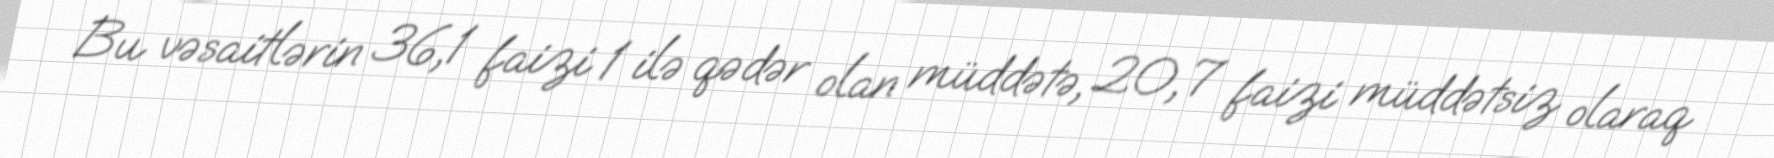
Bu vəsaitlərin 36,1 faizi 1 ilə qədər olan müddətə, 20,7 faizi müddətsiz olaraq